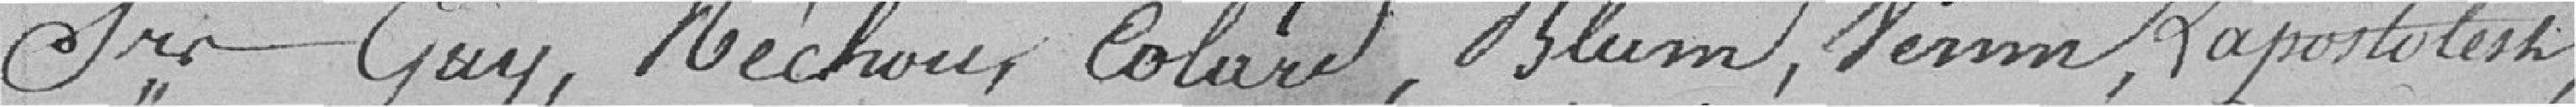
Sieurs Guy, Réchou, Colard, Blum, Vernin, Lapostolesh